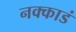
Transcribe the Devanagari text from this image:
नक्काडं